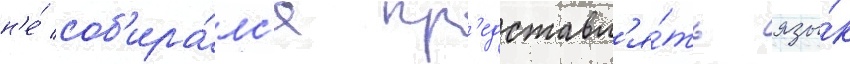
н'е́ соб'ира́лс'я пр'едставл'я́ть язы́к